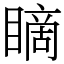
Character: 䁤